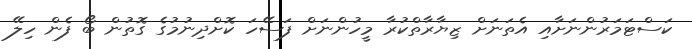
ކަސްޓަމަރުންނަށާއި އެތަނަށް ޒިޔާރާތްކުރާ މީހުންނަށް ފަސޭހަ ކޮށްދިނުމުގެ ގޮތުން ބޯ ފެން ހިލޭ